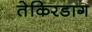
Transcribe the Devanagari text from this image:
तेकिरडाग